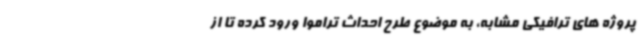
پروژه های ترافیکی مشابه، به موضوع طرح احداث تراموا ورود کرده تا از